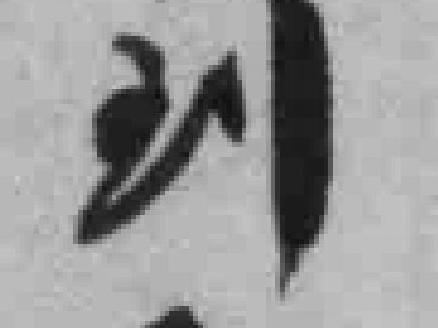
*